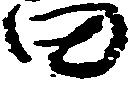
田